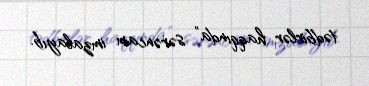
tədbirlər haqqında” sərəncam imzalayıb.